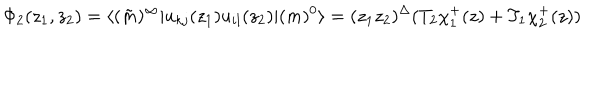
\Phi _ { 2 } ( z _ { 1 } , z _ { 2 } ) = \langle ( \tilde { m } ) ^ { \infty } | u _ { k j } ( z _ { 1 } ) u _ { i l } ( z _ { 2 } ) | ( m ) ^ { 0 } \rangle = ( z _ { 1 } z _ { 2 } ) ^ { \Delta } ( T _ { 2 } \chi _ { 1 } ^ { + } ( z ) + T _ { 1 } \chi _ { 2 } ^ { + } ( z ) )